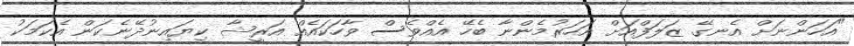
"އަހަންނަށް އެނގޭ ޒަލަފްއަށް އަހަރުމެންނާ ބެހޭ އެއްވެސް ވާހަކައެއް އަރީޝާ ކިޔައިނުދޭނެކަން އެކަމަކު